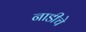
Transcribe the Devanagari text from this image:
नाडीचे